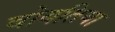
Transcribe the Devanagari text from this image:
वोयतिया